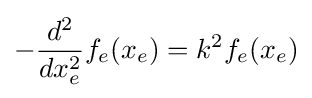
-{\frac {d^{2}}{dx_{e}^{2}}}f_{e}(x_{e})=k^{2}f_{e}(x_{e})